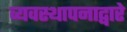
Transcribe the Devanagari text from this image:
व्यवस्थापनाद्वारे